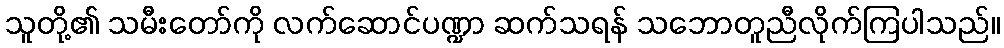
သူတို့၏ သမီးတော်ကို လက်ဆောင်ပဏ္ဍာ ဆက်သရန် သဘောတူညီလိုက်ကြပါသည်။